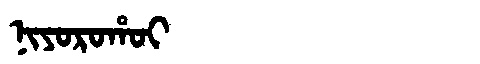
Manchu: ᠨᡳᠶᠣᡵᠣᡥᠣᡳ
Romanization: NIYOROHOI